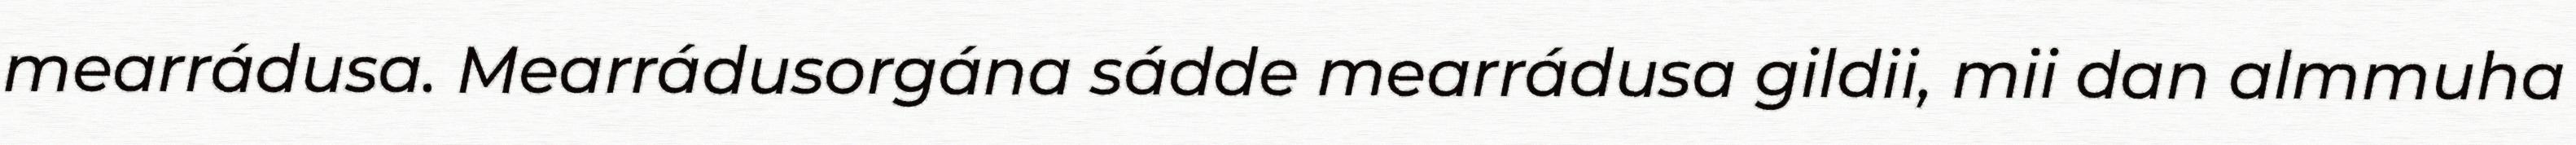
mearrádusa. Mearrádusorgána sádde mearrádusa gildii, mii dan almmuha